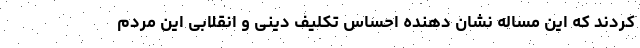
کردند که این مساله نشان دهنده احساس تکلیف دینی و انقلابی این مردم